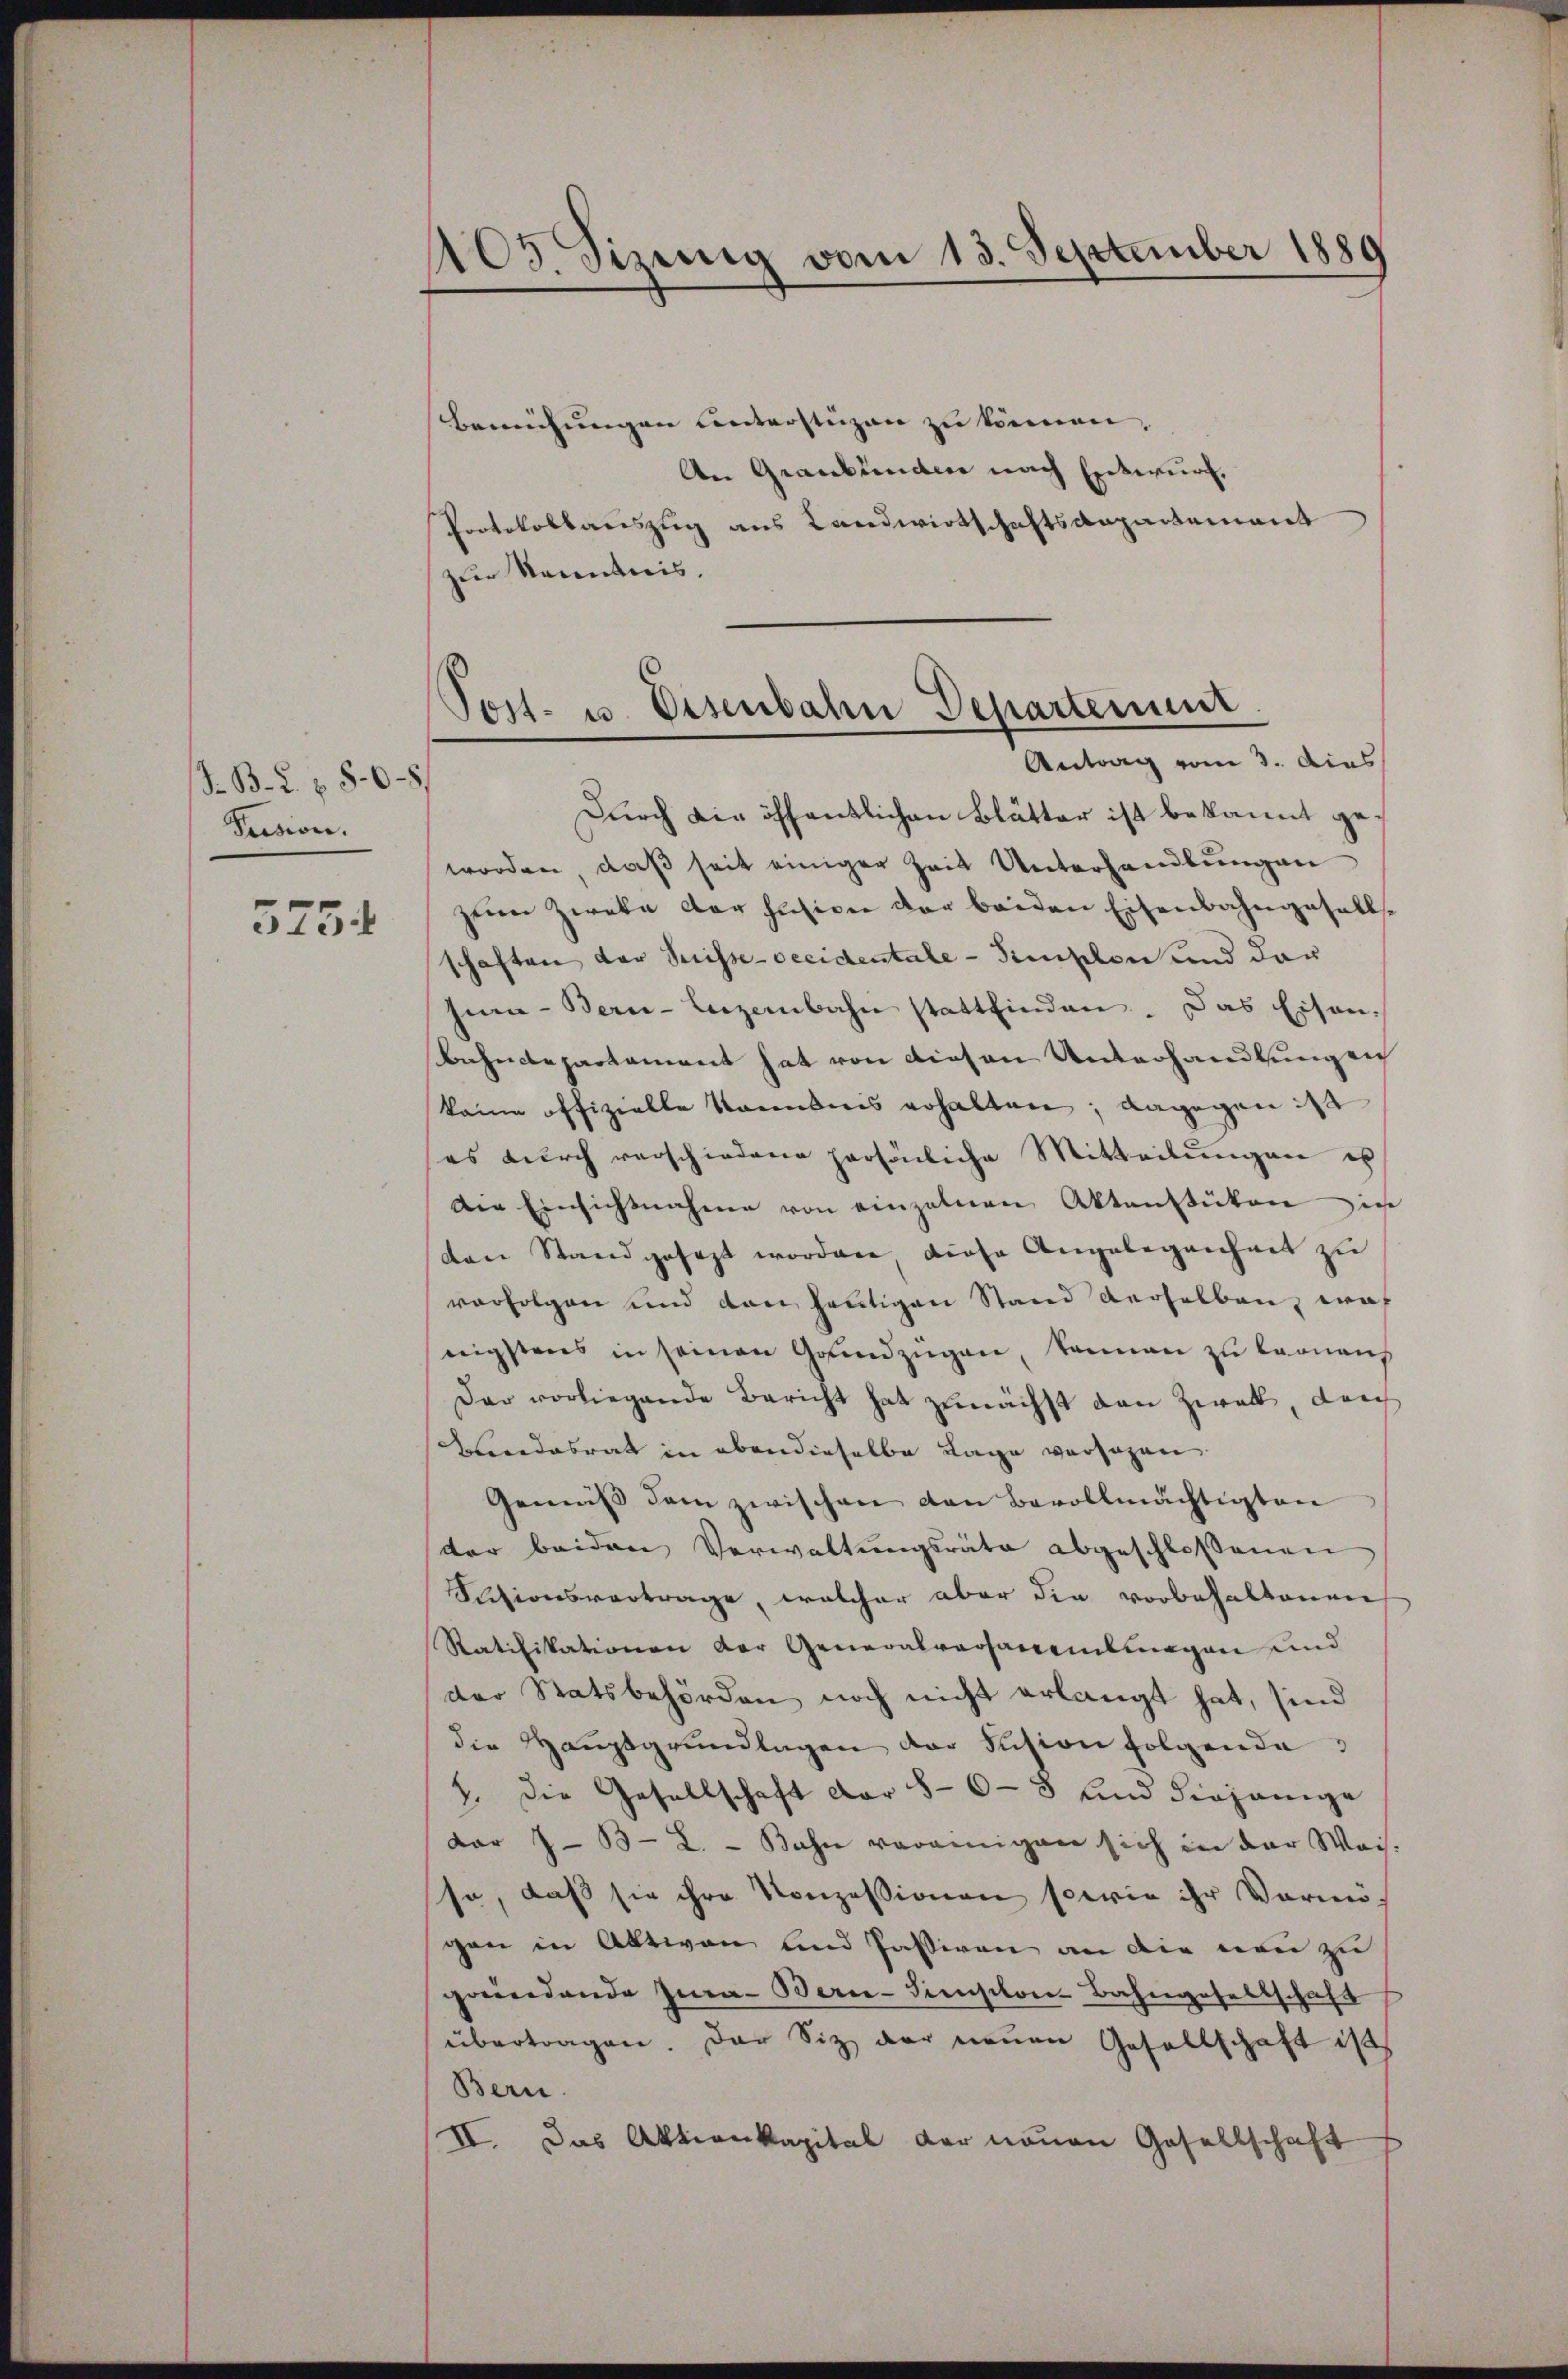
J. B. u. 808.
Prision.

375

403. Sizung vom 13. September 1889

Bemühungen unterstüzen zu können,
An Graubünden nach Entwurf,
Protokollauszug aus Landwirtschaftsangartement
zur Kenntnis.

Durch die öffentlichen Blätter ist bekannt geworden, daß seit einiger Zeit Unterhandlungen
zem Zweke der hasien der beiden Eisenbahngesellschaften der Suisse-occidentale - Simplon und dar
hin- Bern-Leizerbahn stattfinden. Das Eisen.
behndepartament hat von diesen Unterhandlungen
kane offizielle Kanonis erhalten; dagegen is
es durch verschiedene persönliche Mitteilungen es
Die Einsichtnahme von einzelnen Aktenstüken in
den Stand gesezt worden diese Angelegenheit zu
verfolgen und den heŭtigen Stand derselben, was
nigstens in seinen Grundzügen, kennen zu kronen
Der vorliegende Bericht hat zunächst den Zweck, den
Bendesrat in ebendieselbe Lage versagen.
Gemäss dem zwischen den Bevollmächtigten
der beiden Verwaltungsräte abgeschlossenen
Sctionsvertrage, welcher aber die vorbehaltenen
Ratifikationen der Generalversamelmagen und
der Statsbehörden noch nicht erlangt hat, sind
die Hauptgrundlagen der Fusion folgende
7. Die Gesellschaft dar 86-3 und diejenige
dar 733 - 2. - Bahn vereinigen sich in der Weis-
sa, daß sie ihre Konzessionen sowie ihr Vermögen in Aktiven und Passiven an die von zu
gründende Jura-Bern-Siselon Bahngesellschaft
übertragen. Der Sitz der neuen Gesellschaft ist
Bern.
IV. Das Aktienkapital der neuen Gesellschaft

Post- u. Eisenbahn Departement
Antrag vom 3. dies